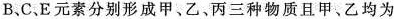
B、C.E元素分别形成甲、乙、丙三种物质且甲、乙均为